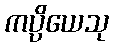
ကပ္ပိယေသု